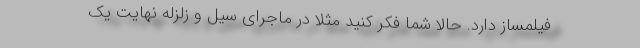
فیلمساز دارد. حالا شما فکر کنید مثلا در ماجرای سیل و زلزله نهایت یک